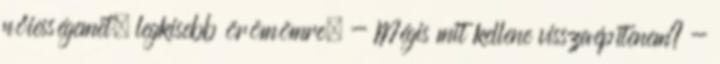
nőiességemet, legkisebb örömömre. - Mégis mit kellene visszaépítenem? -